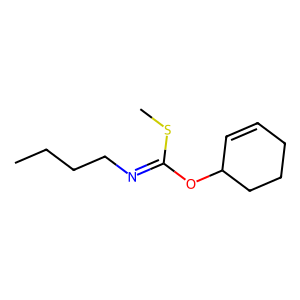
SMILES: CCCCN=C(OC1C=CCCC1)SC
Inhibits HIV replication: No